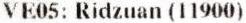
VE05: RIDZUAN (11900)